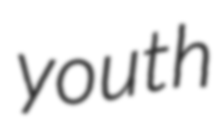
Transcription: youth